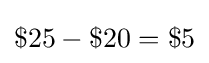
\$25-\$20=\$5